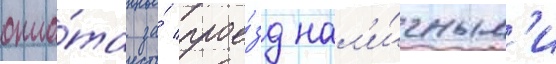
опла́та за́ прое́зд нал'и́чным'и